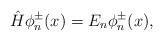
LaTeX: \begin{align*}\hat{H}\phi_{n}^{\pm}(x)=E_{n}\phi_{n}^{\pm}(x),\end{align*}